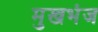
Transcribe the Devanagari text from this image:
मुखभंज